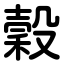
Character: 穀